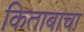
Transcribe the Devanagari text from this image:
किताबाचा